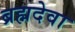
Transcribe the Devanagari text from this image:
ब्रह्मदेवा